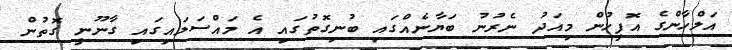
އަލްހާންގެ އޮފީހުން މިއަދު ނެރުނު ބަޔާނެއްގައި ބުނިގޮތުގައި އެ މައްސަލައިގައި ގާނޫނީ ގޮތުން